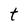
Character: t